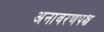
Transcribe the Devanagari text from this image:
अनावरणपश्च